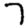
Digit: 7